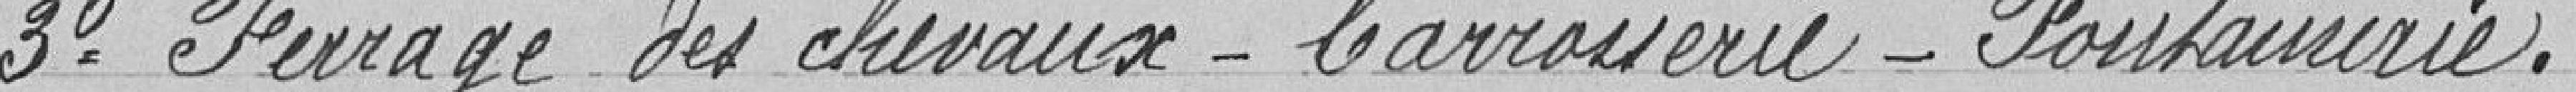
3 ferrage des chevaux - carrosserie - fontainerie